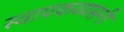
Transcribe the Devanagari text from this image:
स्वापकव्यसनी